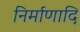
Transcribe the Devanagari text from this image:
निर्माणादि